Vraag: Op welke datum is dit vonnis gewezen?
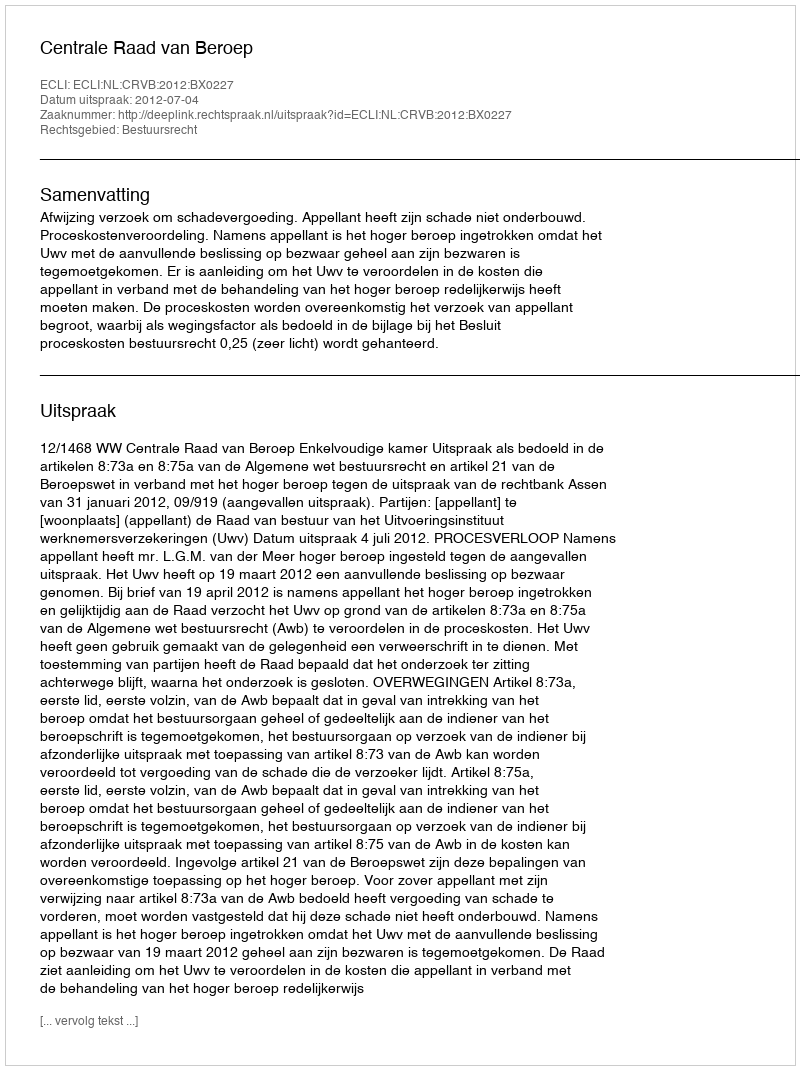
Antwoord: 2012-07-04